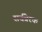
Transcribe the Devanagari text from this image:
सर्वप्रेरक